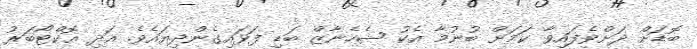
ބޮޑަށް ދަށްވެފައިވާ ކަމަށް ބުނުމާ އެކު ޝެހެނާޒް ބަޑި ފަޅައިގެންދިޔައެވެ. އަދި އޮކްޓޯބަރު